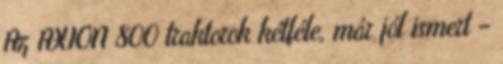
Az AXION 800 traktorok kétféle, már jól ismert –